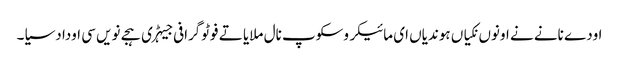
اودے نانے نے اونوں نکیاں ہوندیاں ای مائیکروسکوپ نال ملایا تے فوٹوگرافی جیہڑی ہجے نویں سی اودا دسیا۔